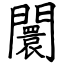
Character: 闤